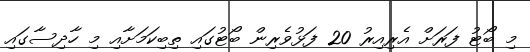
މި ބޯޓު ފަރަށް އެރިއިރު 20 ފަޅުވެރިން ބޯޓުގައި ތިބިކަމަށާއި މި ހާދިސާގައި